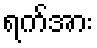
ရက်အား